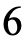
6